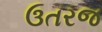
ઉતરજ